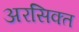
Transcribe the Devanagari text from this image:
अरसिक्त